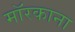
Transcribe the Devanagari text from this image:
मॉरकाना